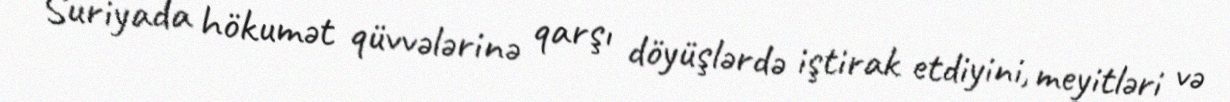
Suriyada hökumət qüvvələrinə qarşı döyüşlərdə iştirak etdiyini, meyitləri və